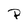
Character: P